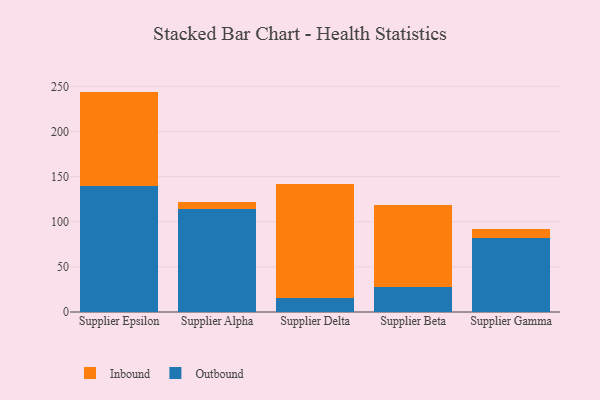
{"axis": {"x": "Supplier", "y": "Tickets Resolved"}, "legend": ["Inbound", "Outbound"], "data": [{"x": "Supplier Epsilon", "y": 139.8, "type": "Outbound"}, {"x": "Supplier Epsilon", "y": 104.4, "type": "Inbound"}, {"x": "Supplier Alpha", "y": 114.3, "type": "Outbound"}, {"x": "Supplier Alpha", "y": 7.1, "type": "Inbound"}, {"x": "Supplier Delta", "y": 15.0, "type": "Outbound"}, {"x": "Supplier Delta", "y": 126.7, "type": "Inbound"}, {"x": "Supplier Beta", "y": 27.5, "type": "Outbound"}, {"x": "Supplier Beta", "y": 91.0, "type": "Inbound"}, {"x": "Supplier Gamma", "y": 81.9, "type": "Outbound"}, {"x": "Supplier Gamma", "y": 9.8, "type": "Inbound"}]}